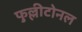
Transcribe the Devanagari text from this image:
फुल्लीटोनल